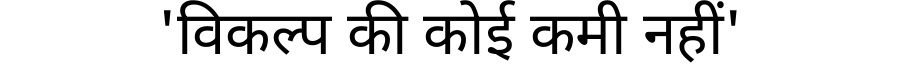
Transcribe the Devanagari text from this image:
'विकल्प की कोई कमी नहीं'